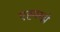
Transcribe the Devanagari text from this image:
एह्फ्ग्झे